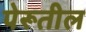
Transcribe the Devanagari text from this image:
पेरूतील